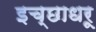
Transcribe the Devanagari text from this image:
इच्छाधरू